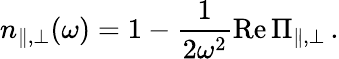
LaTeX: n_{\| ,\bot}(\omega)=1-\frac{1}{2\omega^{2}}\mathrm{Re}\, \Pi_{\| ,\bot}\, .